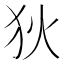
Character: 狄